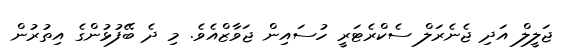
ޖަލީލް އަދި ޖެނެރަލް ސެކްރެޓަރީ ހުސައިން ޖަވާޒްއެވެ. މި ދެ ބޭފުޅުންގެ އިތުރުން